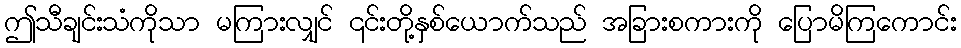
ဤသီချင်းသံကိုသာ မကြားလျှင် ၎င်းတို့နှစ်ယောက်သည် အခြားစကားကို ပြောမိကြကောင်း